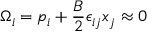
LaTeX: \Omega _ { i } = p _ { i } + \frac { B } { 2 } \epsilon _ { i j } x _ { j } \approx 0